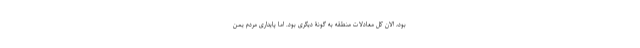
بود، الان کل معادلات منطقه به گونۀ دیگری بود. اما پایداری مردم یمن